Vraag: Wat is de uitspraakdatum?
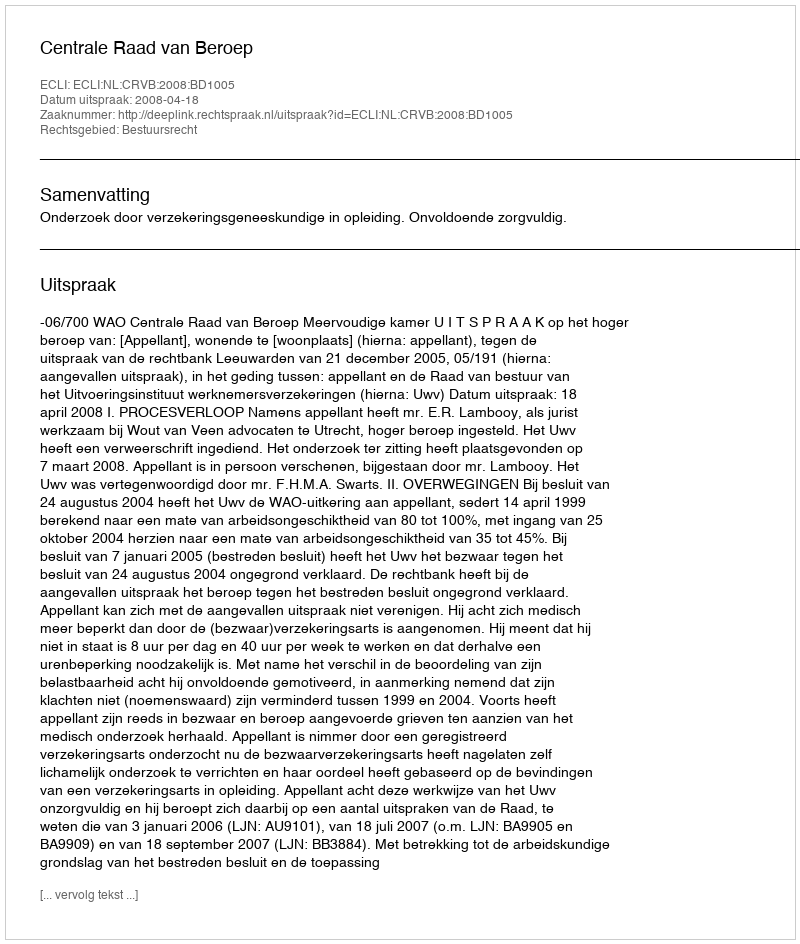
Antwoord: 2008-04-18